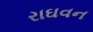
રાઘવન